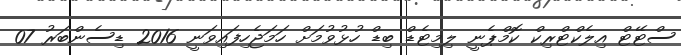
ސްޓޭޓް އިލެކްޓްރިކް ކޮމްޕެނީ ލިމިޓެޑް ބިޑް ހުޅުވުމަށް ހަމަޖެހިފައިވަނީ 2016 ޑިސެންބަރު 07